Annual report on the health of the army in India
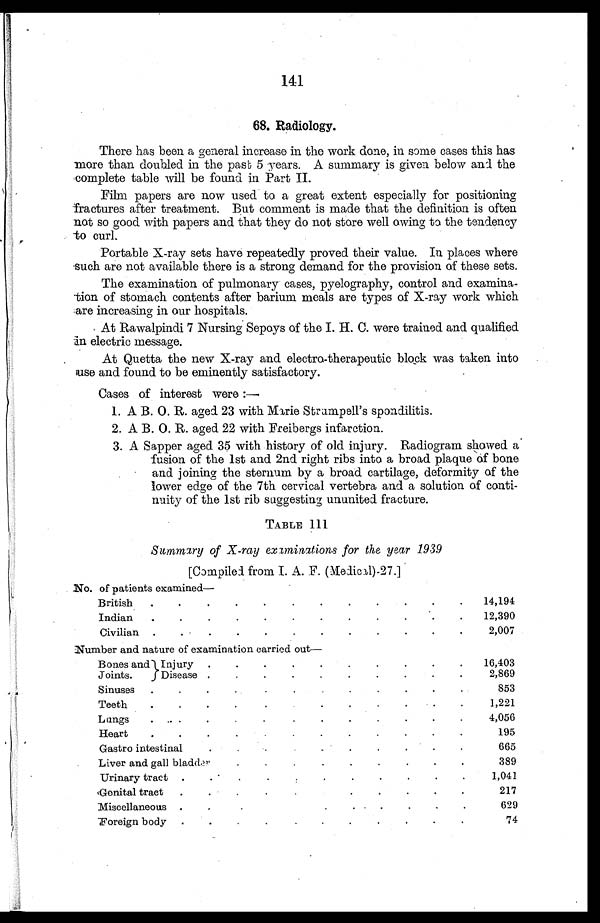
141
68. Radiology.
There has been a general increase in the work done, in some cases this has
more than doubled in the past 5 years. A summary is given below and the
complete table will be found in Part II.
Film papers are now used to a great extent especially for positioning
fractures after treatment. But comment is made that the definition is often
not so good with papers and that they do not store well owing to the tendency
to curl.
Portable X-ray sets have repeatedly proved their value. In places where
such are not available there is a strong demand for the provision of these sets.
The examination of pulmonary cases, pyelography, control and examina
-tion of stomach contents after barium meals are types of X-ray work which
are increasing in our hospitals.
At Rawalpindi 7 Nursing Sepoys of the I. H. C. were trained and qualified
in electric message.
At Quetta the new X-ray and electro-therapeutic block was taken into
use and found to be eminently satisfactory.
Cases of interest were:—
1. A B. O. R. aged 23 with Marie Strumpell's spondilitis.
2. A B. O. R. aged 22 with Freibergs infarction.
3. A Sapper aged 35 with history of old injury. Radiogram showed a
fusion of the 1st and 2nd right ribs into a broad plaque of bone
and joining the sternum by a broad cartilage, deformity of the
lower edge of the 7th cervical vertebra and a solution of conti
-nuity of the 1st rib suggesting ununited fracture.
TABLE 111
Summary of X-ray examinations for the year 1939
[Compiled from I. A. F. (Medical)-27.]
No. of patients examined—
British . . .
14,194
Indian . . .
12,390
Civilian . . .
2,007
Number and nature of examination carried out—
Bones and
Joints.
Injury . . .
16,403
Disease . . .
2,869
Sinuses . . .
853
Teeth . . .
1,221
Lungs . . .
4,056
Heart . . .
195
Gastro intestinal . . .
665
Liver and gall bladder . . .
389
Urinary tract . . .
1,041
Genital tract . . .
217
Miscellaneous . . .
629
Foreign body . . .
74